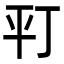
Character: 𢆊